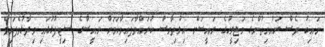
ނައިބު ވެސް ރައްޔިތުންގެ މަޖިލީހުގެ ރައީސަށް އިލްތިމާސް ކުރައްވާފައިވާކަަމަށް ރައީސްގެ ސިޓީފުޅުގައި ވިދާޅުވެފައިވެ